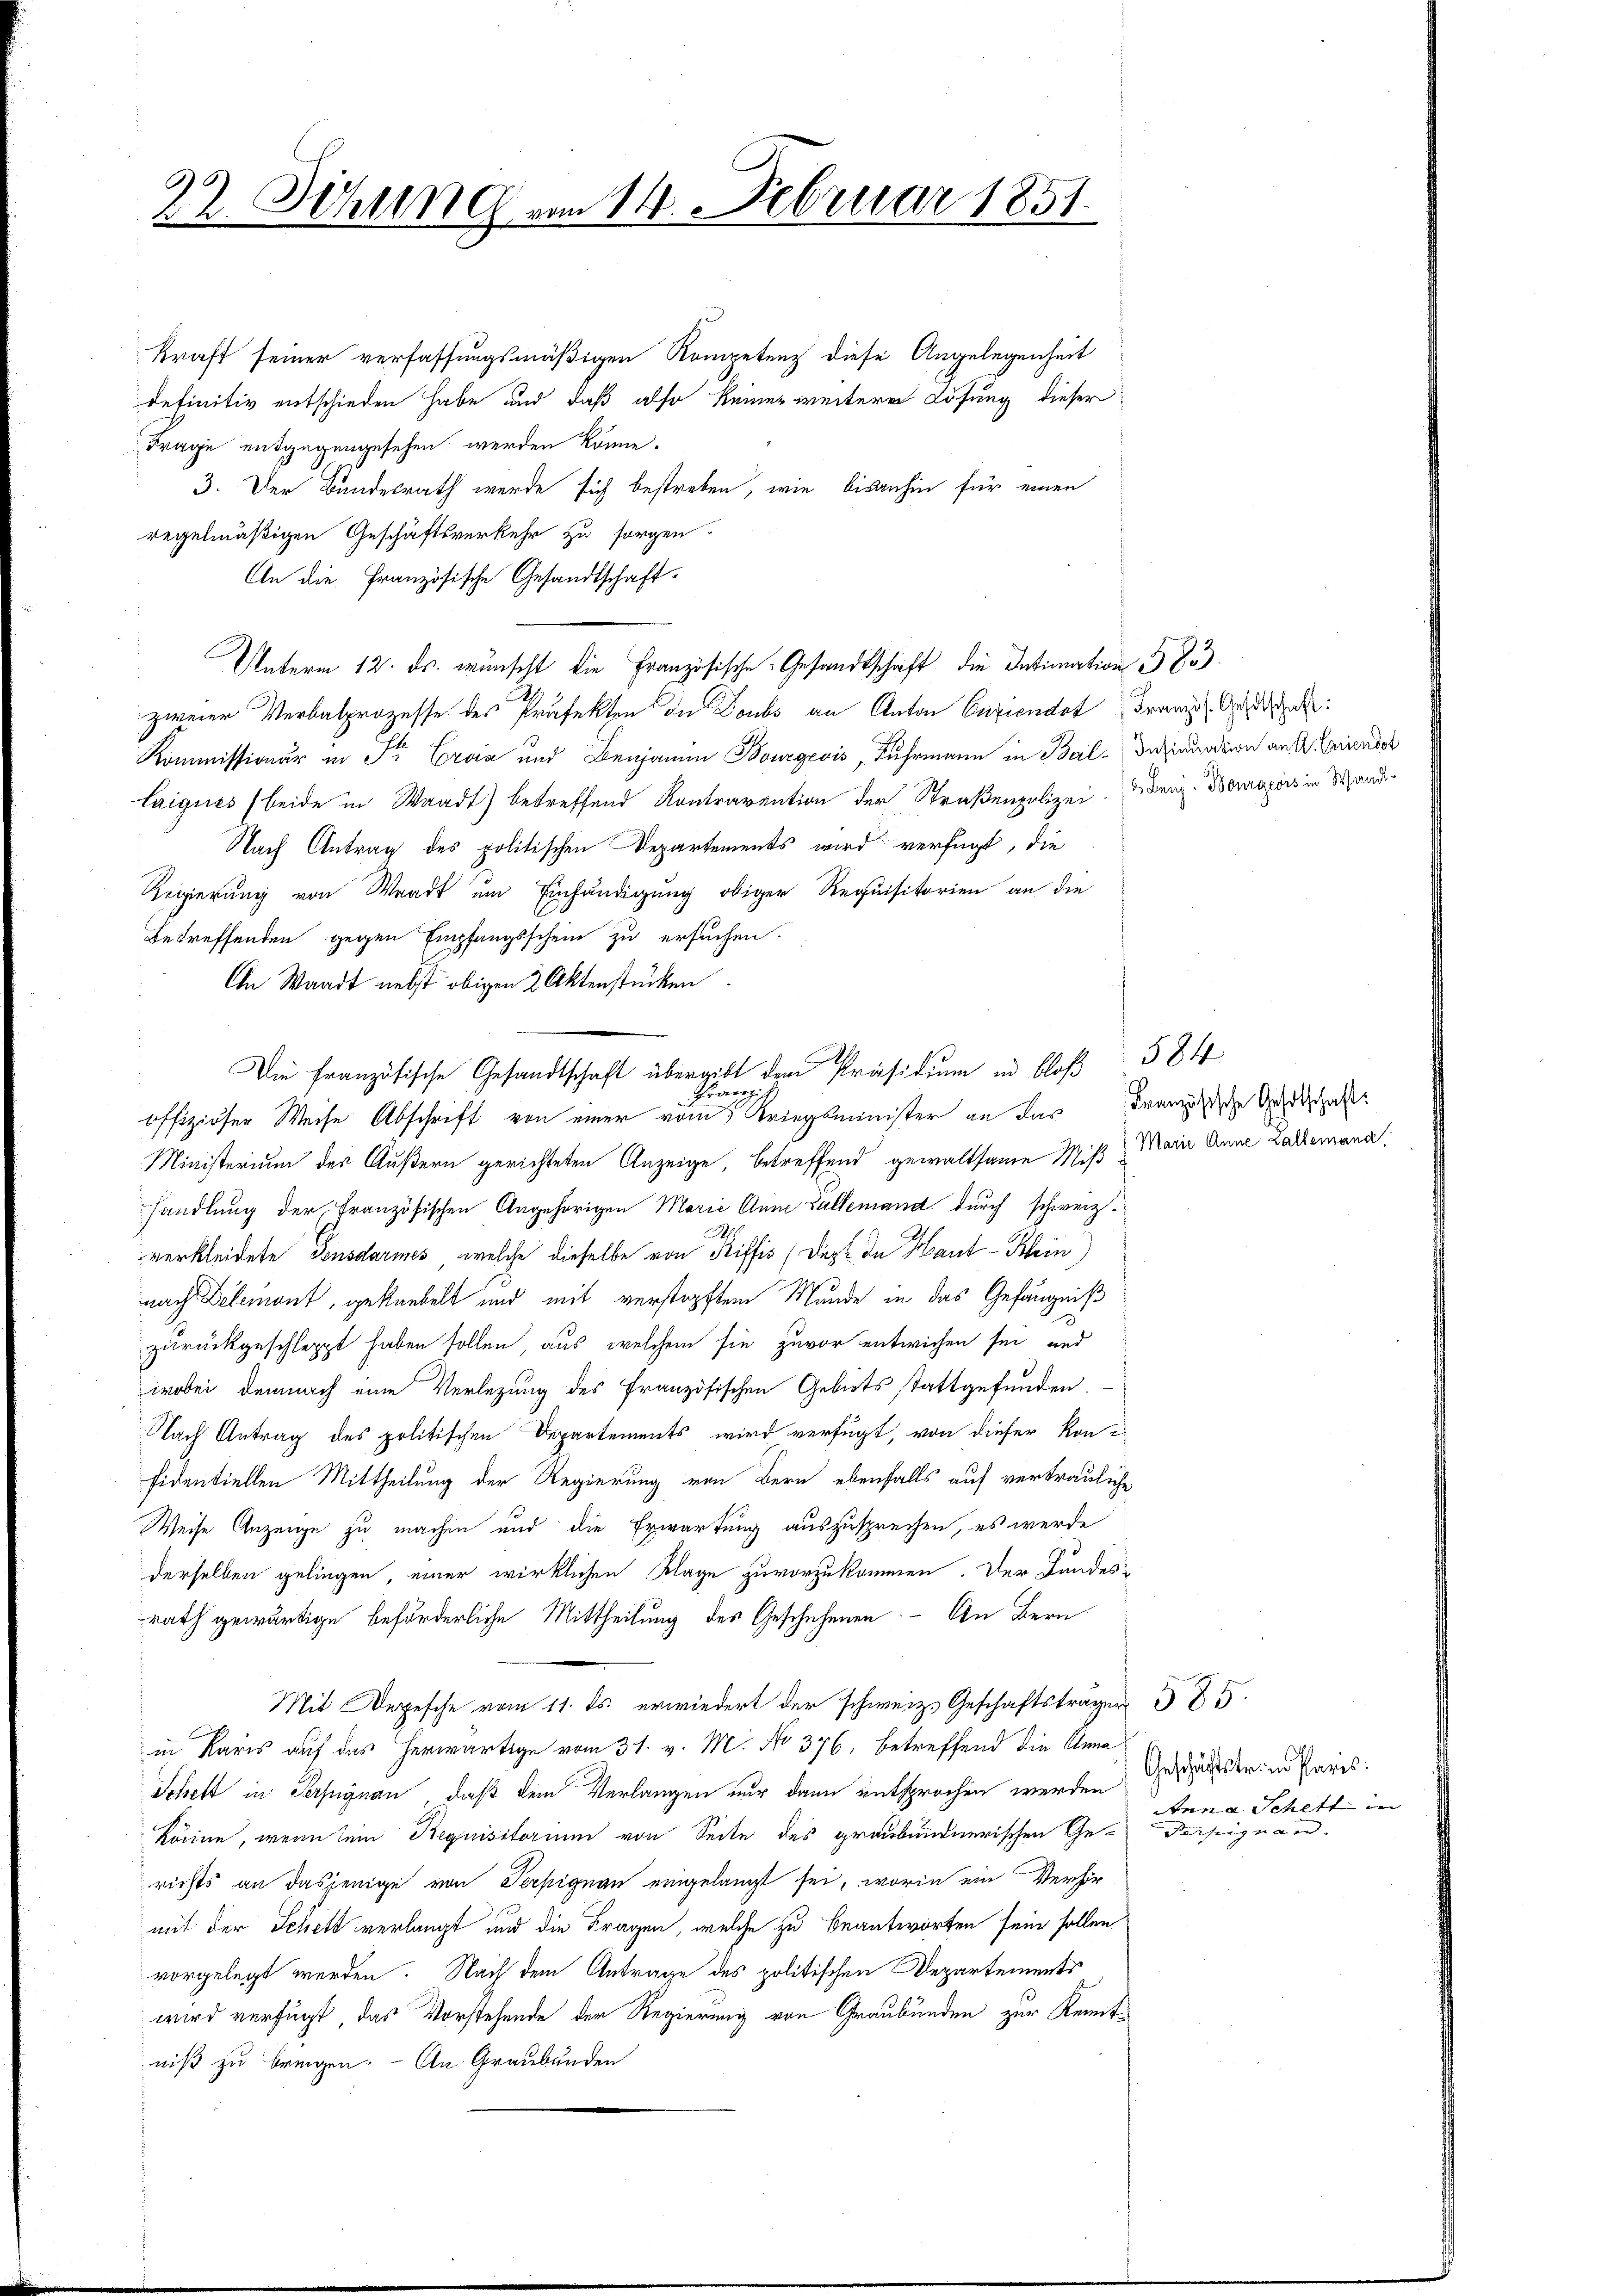
22. Sitzung am 11. Februar 1851.

Kraft seiner verfassungsmäßigen Kompetenz diese Angelegenheit
definitiv entschieden habe und daß also keiner weitere Lösung dieser
Frage entgegengesehen werden könne.
3. Der Bundesrath werde sich bestreben, wie bisanhin für einen
regelmäßigen Geschäftsverkehr zu sorgen.
An die Französische Gesandtschaft¬
Unterm 12. ds. wünscht die Französische Gesandtschaft die Intimation 385.
zweier Verbalprozesse des Präfekten die Doubs an Anton Enziendat Franz Ortschaf
Kommissionär in Sr. Croix und Benjamin Bourgeois, Fuhrmann in Bal-Inzirundern an einaus
Laigues (beide in Waadt) betreffend Kontravention der Straßenpolizei. Weng. Demagers in Schand¬
Nach Antrag des politischen Departements wird verfügt, die
Reigierung von Waadt um Einhändigung obiger Requisitorien an die
Betreffenden gegen Empfangsschein zu ersuchen.
An Waadt nebst obigen 2 Aktenstücken.
Die Französische Gesandtschaft übergibt dem Präsidium in bloß
Franzis
offiziöser Weise Abschrift von einer vom Kriegsminister an das Franzische Anschaft
Ministerium des Äußern gerichteten Anzeige, betreffend gewaltsame Miß Maria Anna Zallemand
handlung der Französischen Angehörigen Marie Anna Lallemand durch schweiz.
verkleidete Gensdarmes, welche dieselbe von Kriffis (Dipl. In Haut-Klein
nach Delemont, geknebelt und mit verstopften Munde in das Gefängniß
zurückgeschleppt haben sollen, aus welchem sie zuvor entwichen sei, und
wobei demnach eine Verlegung des Französischen Gebiets stattgefunden
Nach Antrag des politischen Departements wird verfügt, von dieser Konfidentiellen Mittheilung der Regierung von Bern ebenfalls auf vertrauliche
Weise Anzeige zu machen und die Erwartung auszusprechen, es werde
derselben gelingen, einer wirklichen Klage zuvorzukommen. Der Landes-
rath gewärtige beförderliche Mittheilung des Geschehenen. - An Bern
Mit gesche vom 11. ds. erwiedert der schweiz. Geschaftsträger 585
in Karis auf das herwärtige vom 31. v. M. No 376, betreffend die Anna¬
Schett in Persngnau, daß dem Verlangen nur dann entsprochen werden, es der in Paris.
könne, wenn sein Requisitorium von Seite des graubündnerischen Gerichts an dasjenige von Terpignau eingelangt sei, worin ein Verhör-
mit der Schett verlangt und die Fragen, welche zu beantworten sein sollen
vorgelegt werden. Nach dem Antrage des politischen Departements
wird verfügt, das Vorstehende der Regierung von Graubünden zur Kenntniß zu bringen. - An Graubünden

584

Anna Schitt in
Reisingen an- |